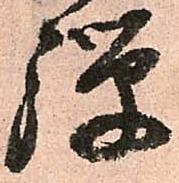
弾